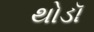
થોડૉ